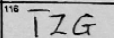
Transcription: TZG